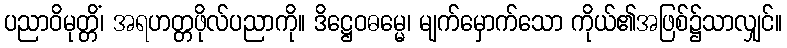
ပညာဝိမုတ္တိံ၊ အရဟတ္တဖိုလ်ပညာကို။ ဒိဋ္ဌေဝဓမ္မေ၊ မျက်မှောက်သော ကိုယ်၏အဖြစ်၌သာလျှင်။